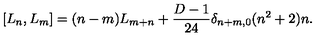
\lbrack L _ { n } , L _ { m } \rbrack = ( n - m ) L _ { m + n } + \frac { D - 1 } { 2 4 } \delta _ { n + m , 0 } ( n ^ { 2 } + 2 ) n .